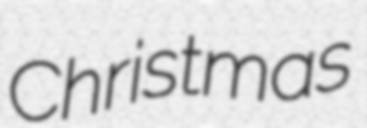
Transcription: Christmas